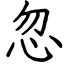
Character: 忽